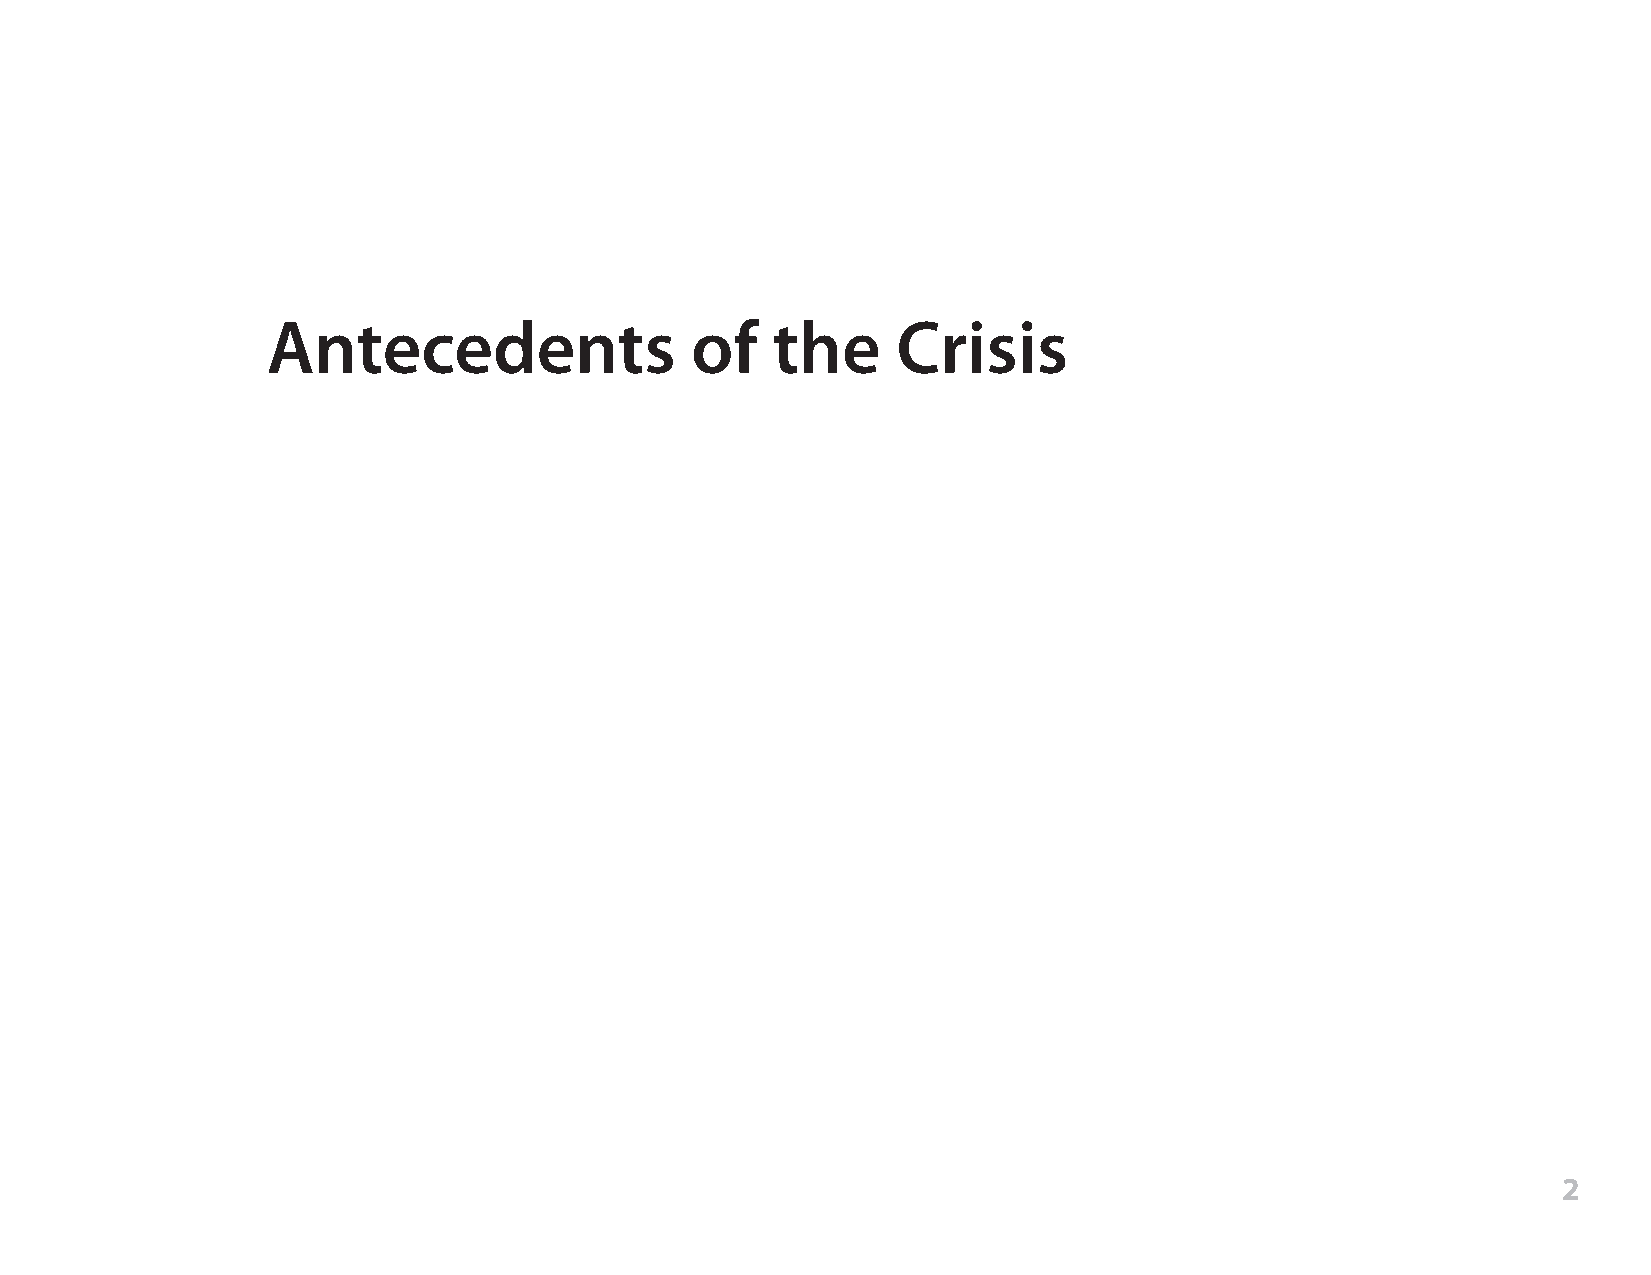
Antecedents                 of   the     Crisis
 2